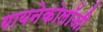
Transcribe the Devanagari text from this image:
गायनेकोलॉजी